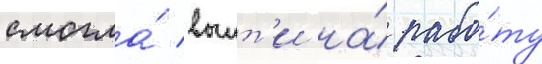
смогла́ выит'и на́ рабо́ту